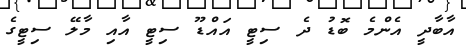
އާބާދީ އެންމެ ބޮޑު ދެ ސިޓީ އައްޑޫ ސިޓީ އާއި މާލޭ ސިޓީގެ